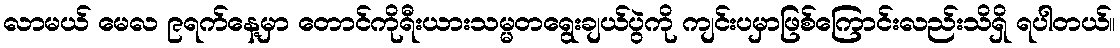
လာမယ် မေလ ၉ရက်နေ့မှာ တောင်ကိုရီးယားသမ္မတရွေးချယ်ပွဲကို ကျင်းပမှာဖြစ်ကြောင်းလည်းသိရှိ ရပါတယ်။